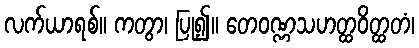
လက်ယာရစ်။ ကတွာ၊ ပြု၍။ တေဝဏ္ဏသဟတ္ထဝိတ္ထတံ၊